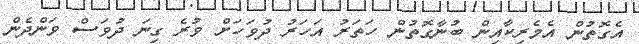
އެގޮތުން އެމެރިކާއިން ބުނާގޮތުން ހަތަރު އަހަރު ދުވަހަށް ވުރެ ގިނަ ދުވަސް ވަންދެން